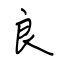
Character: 良